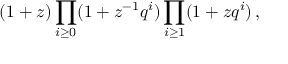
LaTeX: ( 1 + z ) \prod _ { i \geq 0 } ( 1 + z ^ { - 1 } q ^ { i } ) \prod _ { i \geq 1 } ( 1 + z q ^ { i } ) \, ,